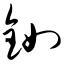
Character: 铷